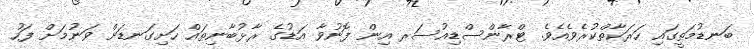
ބަނޑުމަތީގައި ހަރަކާތްކުރެވެއެވެ. ޓްރާންސްޑިއުސަރ އިން ފޮނުވާ އަޑުގެ ރާޅުބާނިތައް ހަށިގަނޑަށް ވަނުމަށް ފަހު